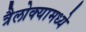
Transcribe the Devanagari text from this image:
त्रैलोक्यामध्ये